Burma Government Medical School reports 1923-41
Year: 1923
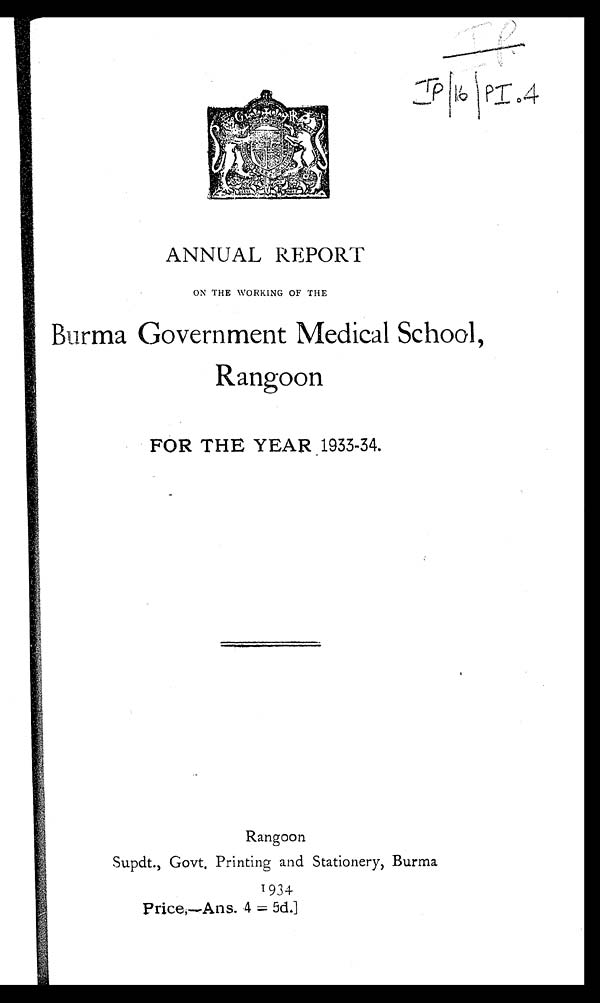
IF IP/16/PI.4
ANNUAL REPORT
ON THE WORKING OF THE
Burma Government Medical School,
Rangoon
FOR THE YEAR 1933-34.
Rangoon
Supdt., Govt, Printing and Stationery, Burma
1934
Price,—Ans. 4 5d.]